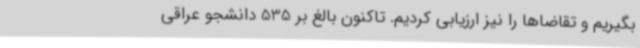
بگیریم و تقاضاها را نیز ارزیابی کردیم. تاکنون بالغ بر 535 دانشجو عراقی